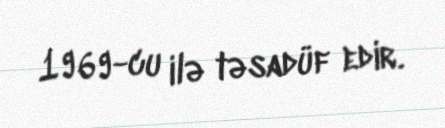
1969-cu ilə təsadüf edir.